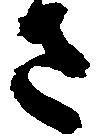
さ